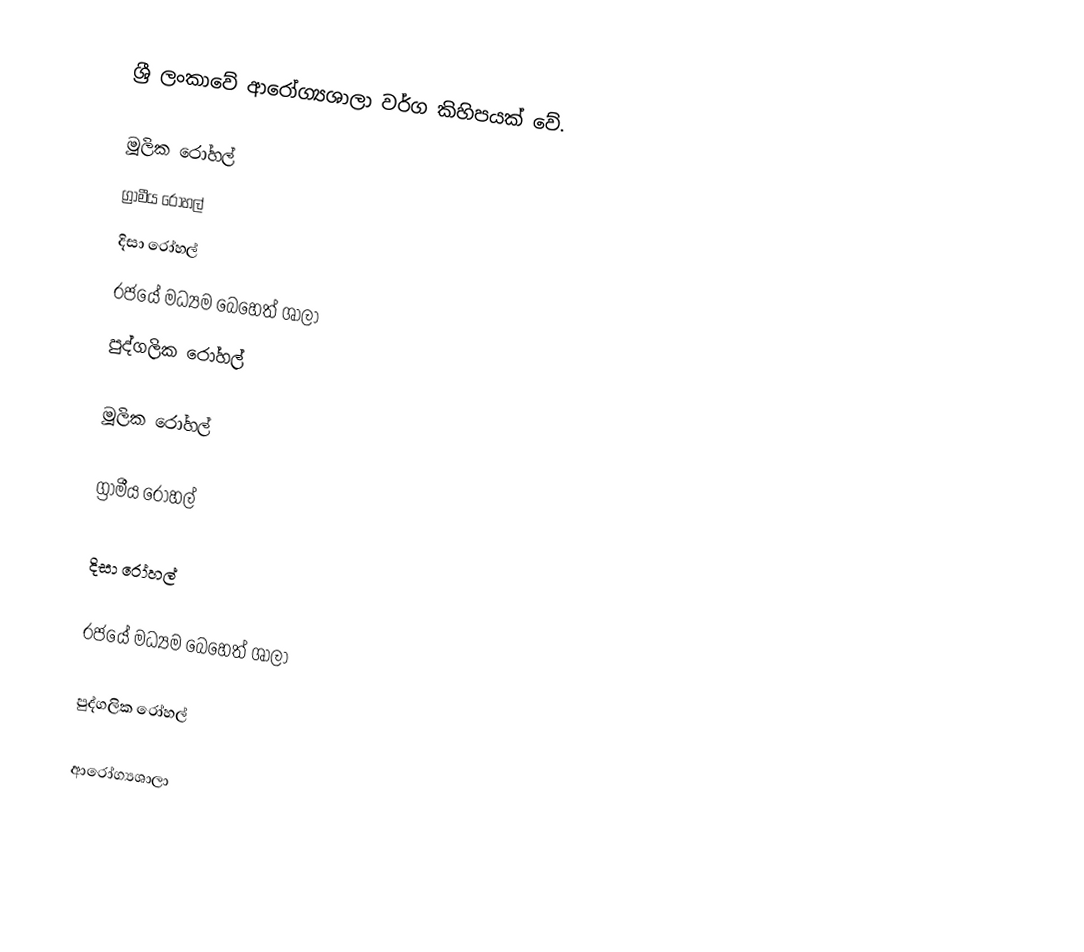
ශ්‍රී ලංකාවේ ආරෝග්‍යශාලා වර්ග කිහිපයක් වේ.

 මූලික රෝහල්
 ග්‍රාමීය රෝහල්
 දිසා රෝහල්
 රජයේ මධ්‍යම බෙහෙත් ශාලා
 පුද්ගලික රෝහල්

මූලික රෝහල්

ග්‍රාමීය රෝහල්

දිසා රෝහල්

රජයේ මධ්‍යම බෙහෙත් ශාලා

පුද්ගලික රෝහල්

ආරෝග්‍යශාලා